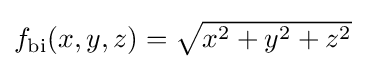
{\textstyle f_{\text{bi}}(x,y,z)={\sqrt {x^{2}+y^{2}+z^{2}}}}